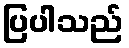
ပြပါသည်